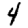
Digit: 4